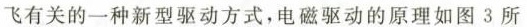
飞有关的一种新型驱动方式，电磁驱动的原理如图3所